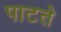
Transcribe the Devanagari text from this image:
पाटते